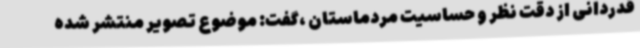
قدردانی از دقت نظر و حساسیت مردماستان ،گفت: موضوع تصویر منتشر شده